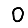
Digit: 0